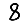
Digit: 8